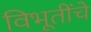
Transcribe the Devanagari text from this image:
विभूतींचे